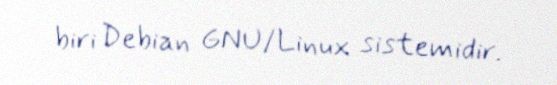
biri Debian GNU/Linux sistemidir.